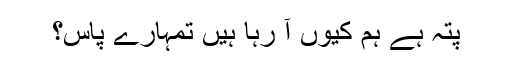
پتہ ہے ہم کیوں آ رہا ہیں تمہارے پاس؟